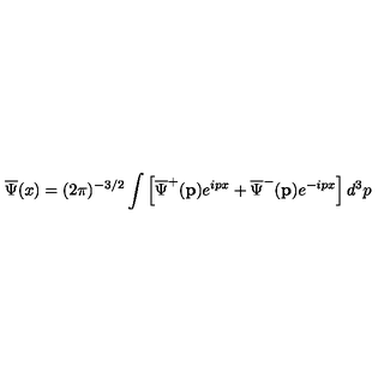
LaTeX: \overline { { \Psi } } ( x ) = ( 2 \pi ) ^ { - 3 / 2 } \int \left[ \overline { { \Psi } } ^ { + } ( \mathbf { p } ) e ^ { i p x } + \overline { { \Psi } } ^ { - } ( \mathbf { p } ) e ^ { - i p x } \right] d ^ { 3 } p